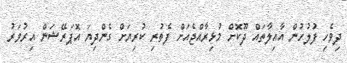
ދިވެހި ފުލުހުން އާއިލާތައް ދޫކޮށް މުޅިރާއްޖެއަށް ފެތުރި ކުރިޔަށް ގެންދިޔަ އޮޕަރޭޝަން އިރުވަރު